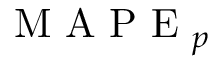
\mathrm { ~ M ~ A ~ P ~ E ~ } _ { p }